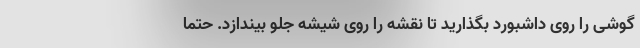
گوشی را روی داشبورد بگذارید تا نقشه را روی شیشه جلو بیندازد. حتما